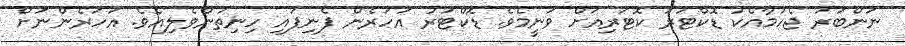
ނަންބަރު ޖެހުމާއެކު ޑޮކްޓަރު ކޮޓަރިއަށް ވަނީމެވެ. ޑޮކްޓަރު އަހަރެން ފެނިފައި ހިނިތުންވެލިއެވެ. އަހަރެންނަށް